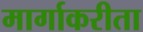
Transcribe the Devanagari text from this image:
मार्गाकरीता